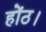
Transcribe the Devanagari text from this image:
होंठ।